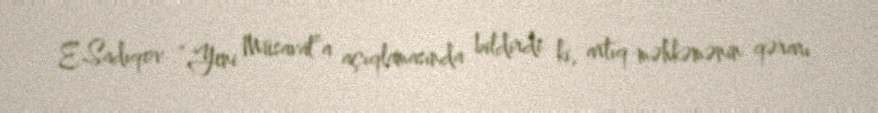
E.Sadıqov “Yeni Müsavat”a açıqlamasında bildirdi ki, artıq məhkəmənin qərarı